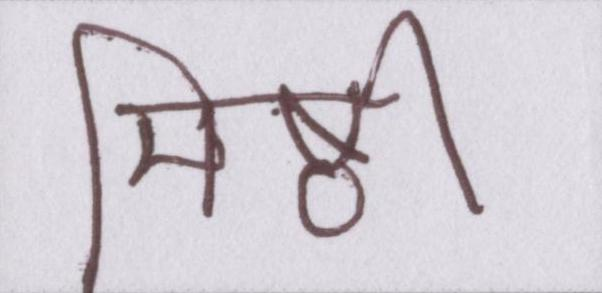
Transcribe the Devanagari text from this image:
मिष्ठी